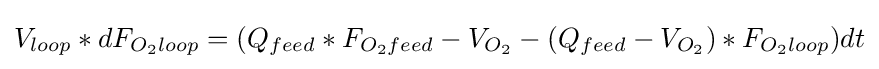
V_{loop}*dF_{O_{2}loop}=(Q_{feed}*F_{O_{2}feed}-V_{O_{2}}-(Q_{feed}-V_{O_{2}})*F_{O_{2}loop})dt